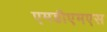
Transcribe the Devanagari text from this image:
एमडीएमएस